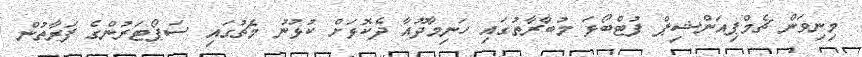
މިނިވަން ޗެމްޕިއަންޝިޕް ފުޓްބޯޅަ މުބާރާތުގައި ހަނިމާދޫއާ ދެކޮޅަށް ކުޅުނު މެޗުގައި ސަޕޯޓަރުންގެ ފަރާތުން